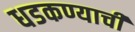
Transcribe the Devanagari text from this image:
धडकण्याची